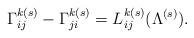
LaTeX: \begin{align*}\Gamma^{k(s)}_{ij}-\Gamma^{k(s)}_{ji}= L^{k(s)}_{ij}(\Lambda^{(s)}).\end{align*}